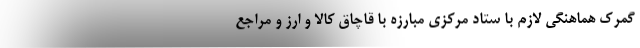
گمرک هماهنگی لازم با ستاد مرکزی مبارزه با قاچاق کالا و ارز و مراجع